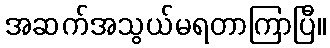
အဆက်အသွယ်မရတာကြာပြီ။